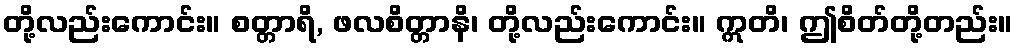
တို့လည်းကောင်း။ စတ္တာရိ, ဖလစိတ္တာနိ၊ တို့လည်းကောင်း။ ဣတိ၊ ဤစိတ်တို့တည်း။